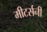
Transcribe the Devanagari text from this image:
मीटर्सनी